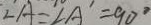
\angle A = \angle A ^ { \prime } = 9 0 ^ { \circ }